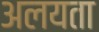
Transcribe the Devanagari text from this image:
अलयता